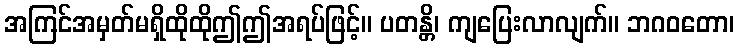
အကြင်အမှတ်မရှိထိုထိုဤဤအရပ်ဖြင့်။ ပတန္တိ၊ ကျပြေးလာလျက်။ ဘဂဝတော၊